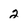
Character: 2